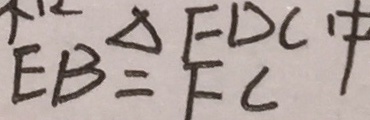
E B = F C